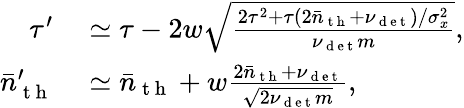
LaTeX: \begin{array}{rl}{\tau^{\prime}}&{{}\simeq\tau-2w\sqrt{\frac{2\tau^{2}+\tau(2\bar{n}_{\mathrm{~t~h~}}+\nu_{\mathrm{~d~e~t~}})/\sigma_{x}^{2}}{\nu_{\mathrm{~d~e~t~}}m}},}\\ {\bar{n}_{\mathrm{~t~h~}}^{\prime}}&{{}\simeq\bar{n}_{\mathrm{~t~h~}}+w\frac{2\bar{n}_{\mathrm{~t~h~}}+\nu_{\mathrm{~d~e~t~}}}{\sqrt{2\nu_{\mathrm{~d~e~t~}}m}},}\end{array}